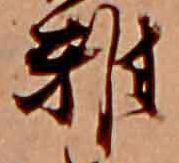
雅